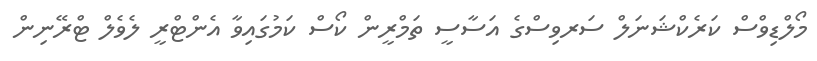
މޯލްޑިވްސް ކަރެކްޝަނަލް ސަރވިސްގެ އަސާސީ ތަމްރީން ކޯސް ކަމުގައިވާ އެންޓްރީ ލެވެލް ޓްރޭނިން